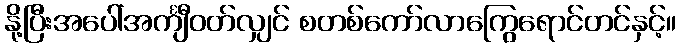
နို့ပြီးအပေါ်အင်္ကျီဝတ်လျှင် စတစ်ကော်လာကြွေရောင်တင်နှင့်။